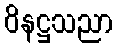
ဝိနဋ္ဌသညာ